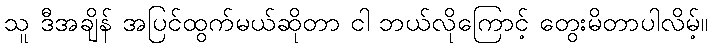
သူ ဒီအချိန် အပြင်ထွက်မယ်ဆိုတာ ငါ ဘယ်လိုကြောင့် တွေးမိတာပါလိမ့်။